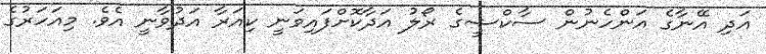
އަދި އޭނާގެ އަންހެނުން ސާކްޝީގެ ރޯލު އަދާކޮށްފައިވަނީ ކިއަރާ އަދުވާނީ އެވެ. މިއަހަރުގެ